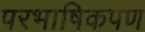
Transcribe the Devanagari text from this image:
परभाषिकपण